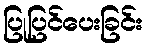
ပြုပြင်ပေးခြင်း